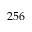
2 5 6